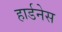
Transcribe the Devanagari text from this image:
हार्डनेस